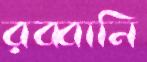
রব্বানি